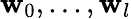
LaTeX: \mathbf{w}_{0},...,\mathbf{w}_{l}